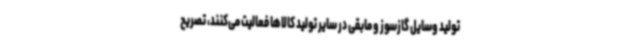
تولید وسایل گازسوز و مابقی در سایر تولید کالاها فعالیت می‌کنند، تصریح